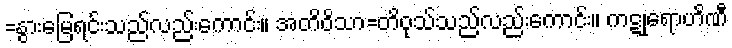
=နွားမြေရင်းသည်လည်းကောင်း။ အတိဝိသာ=တိဝုသ်သည်လည်းကောင်း။ ကဋုရောဟိဏီ